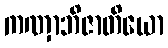
ကဏှာဘိဇာတိယော